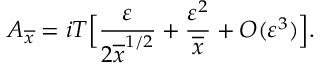
A _ { \overline { { { x } } } } = i T \Big [ { \frac { \varepsilon } { 2 \overline { { { x } } } ^ { 1 / 2 } } } + { \frac { \varepsilon ^ { 2 } } { \overline { { { x } } } } } + { \cal O } ( \varepsilon ^ { 3 } ) \Big ] .